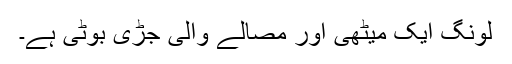
لونگ ایک میٹھی اور مصالے والی جڑی بوٹی ہے۔